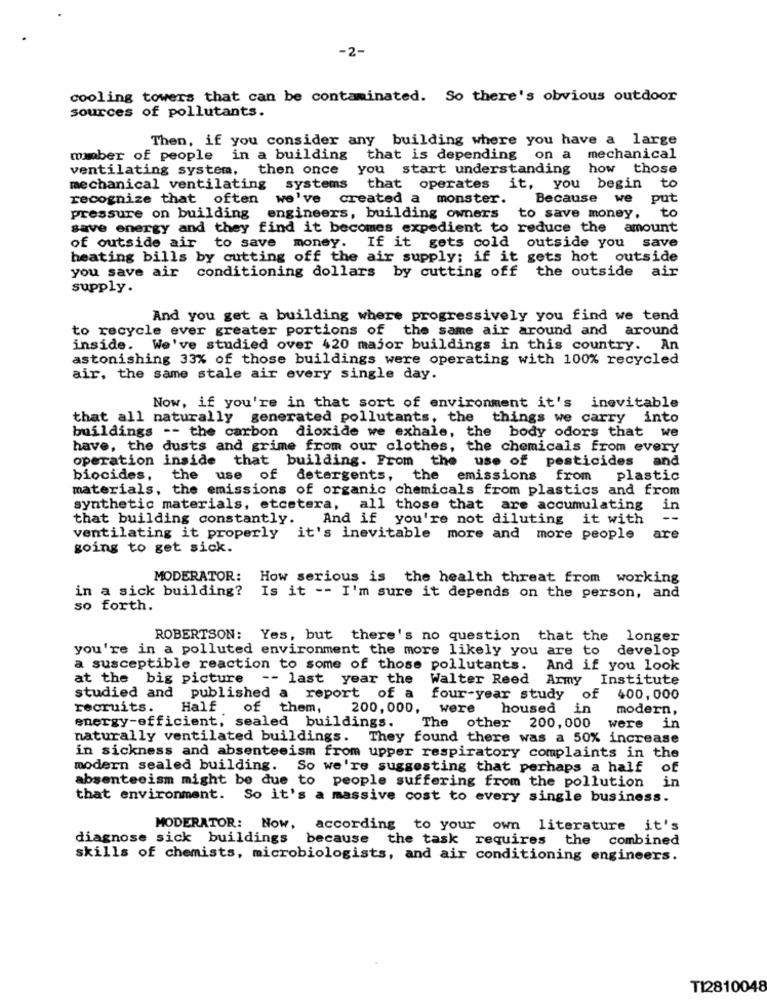
-2-
cooling towers that can be contaminated. So there's obvious outdoor
sources of pollutants.
Then, if you consider any building where you have a large
member of people in a building that is depending on a mechanical
ventilating system, then once you start understanding how those
mechanical ventilating systems that operates it, you begin to
recognize that often we've created a monster. Because we put
pressure on building engineers, building owners
to save money.
to
save energy and they find it becomes expedient to reduce the amount
of outside air to save money. If it gets cold outside you save
heating bills by cutting off the air supply; if it gets hot outside
you save air conditioning dollars by cutting off the outside air
supply.
And you get a building where progressively you find we tend
to recycle ever greater portions of the same air around and around
inside. We've studied over 420 major buildings in this country. An
astonishing 33% of those buildings were operating with 100% recycled
air, the same stale air every single day.
Now, if you're in that sort of environment it's inevitable
that all naturally generated pollutants, the things we carry into
buildings -- the carbon dioxide we exhale, the body odors that we
have, the dusts and grime from our clothes, the chemicals from every
operation inside that building. From the use of pesticides and
biocides,
the
use of detergents, the emissions from plastic
materials, the emissions of organic chemicals from plastics and from
synthetic materials, etcetera, all those that are accumulating
in
that building constantly.
And if you're not diluting it with
--
ventilating it properly it's inevitable more and more people
are
going to get sick.
MODERATOR: How serious is the health threat from working
in a sick building? Is it -- I'm sure it depends on the person, and
so forth.
ROBERTSON: Yes, but there's no question that the longer
you're in a polluted environment the more likely you are to
develop
a susceptible reaction to some of those pollutants. And if you look
at the big picture
-- last year the Walter Reed Army Institute
studied and published a report of a
four-year study of
400,000
recruits.
Half of them,
200,000,
were
housed
in
modern,
energy-efficient, sealed buildings.
The other 200,000 were
in
naturally ventilated buildings. They found there was a 50% increase
in sickness and absenteeism from upper respiratory complaints in the
modern sealed building. So we're suggesting that perhaps a half of
absenteeism might be due to people suffering from the pollution in
that environment. So it's a massive cost to every single business.
MODERATOR: Now, according to your own literature it's
diagnose sick buildings because the task requires the combined
skills of chemists, microbiologists, and air conditioning engineers.
TI2810048